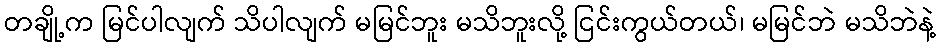
တချို့က မြင်ပါလျက် သိပါလျက် မမြင်ဘူး မသိဘူးလို့ ငြင်းကွယ်တယ်၊ မမြင်ဘဲ မသိဘဲနဲ့